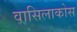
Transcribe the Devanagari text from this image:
वासिलाकोस